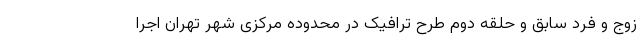
زوج و فرد سابق و حلقه دوم طرح ترافیک در محدوده مرکزی شهر تهران اجرا